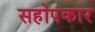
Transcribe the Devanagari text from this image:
सहोपकार